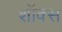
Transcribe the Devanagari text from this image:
शॉक्स